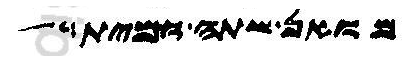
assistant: מואן שתה ומית